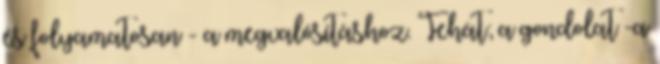
és folyamatosan - a megvalósításhoz. Tehát; a gondolat -a